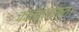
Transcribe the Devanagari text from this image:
कान्त्राकत